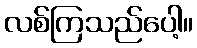
လစ်ကြသည်ပေါ့။